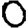
Digit: 0